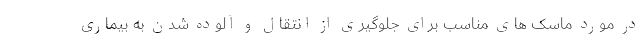
در مورد ماسک های مناسب برای جلوگیری از انتقال و آلوده شدن به بیماری